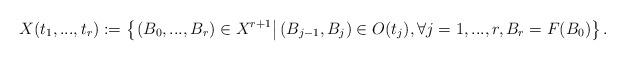
LaTeX: \begin{align*} X(t_{1},...,t_{r}):=\left\{\left.(B_0,...,B_r)\in X^{r+1}\right|(B_{j-1},B_j)\in O(t_{j}), \forall j=1,...,r, B_r=F(B_0)\right\}. \end{align*}